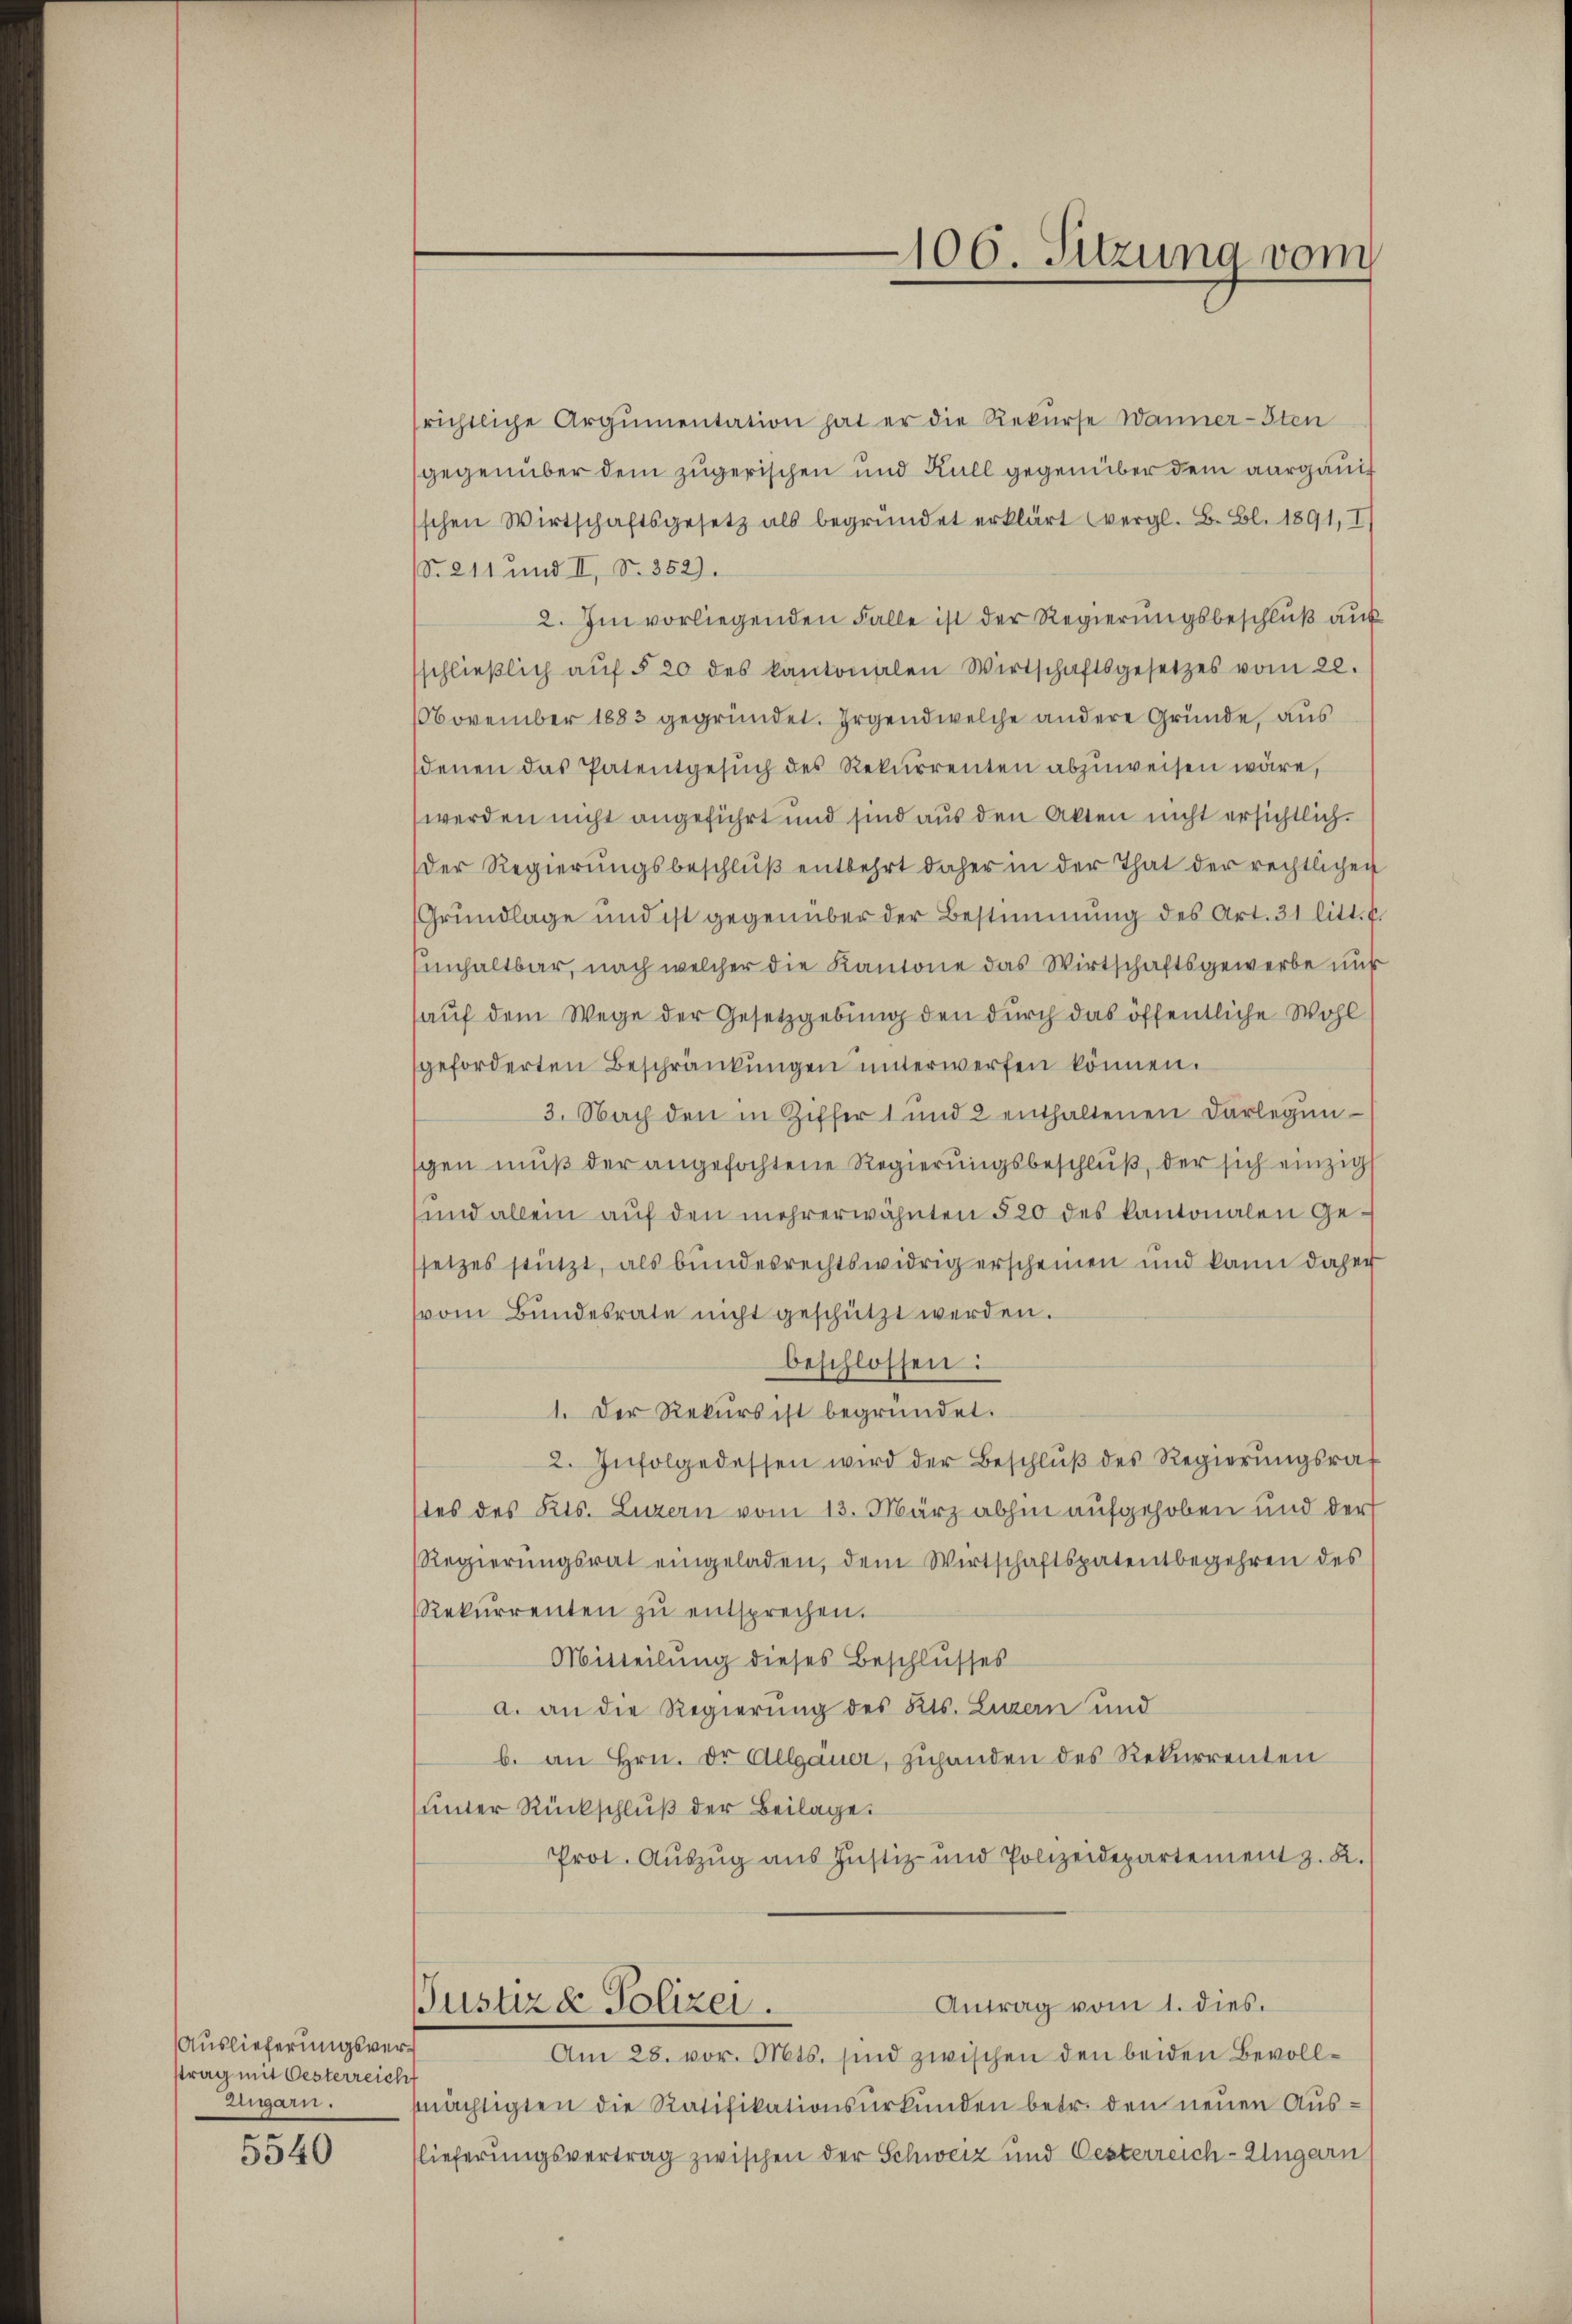
Auslieferungsverstrag mit Oesterreich
Zigarn.

5540

106. Sitzung vom

richtliche Argumentation hat er die Rekurse Wanner-Sten
gegenüber dem zugerischen und Kull gegenüber dem aargauischen Wirtschaftsgesetz als begründet erklärt (vergl. B. Bl. 1891, I
No. 211 und II, S. 352).
2. Im vorliegenden Falle ist der Regierŭngsbeschlŭβ aŭf
sschlieβlich aŭf § 20 des kantonalen Wirtschaftsgesetzes vom 20.
NNovember 1883 gegründet. Irgendwelche andere Gründe, aus
denen das Patentgesŭch des Rekurrenten abzŭweisen wäre,
werden nicht angeführt und sind aus den Akten nicht ersichtlich.
der Regierŭngsbeschlŭβ entbehrt daher in der That der rechtlichen
Grŭndlage und ist gegenüber der Bestimmung des Art. 31 litt. b.
Einhaltbar, nach welcher die Kantone das Wirtschaftsgewerbe uns
auf dem Wege der Gesetzgebung den durch das öffentliche Wohl
geforderten Beschränkungen ŭnterwerfen können.
3. Nach den in Ziffer 1 und 2 enthaltenen Darlegengen muß der angefochtene Regierungsbeschluß, der sich einzig
und allein auf den mehrerwähnten 520 des kantonalen Gesetzes stützt, als bundesrechtswidrig erscheinen und kann daher
vom Bundesrate nicht geschützt werden.
beschlossen:
1. Der Rekurs ist begründet.
2. Infolgedessen wird der Beschlŭβ des Regierŭngsrat
tes des Kts. Luzern vom 13. März abhin aufgehoben und der
RRegierungsrat eingeladen, dem Wirtschaftspatentbegehren des
Rekŭrrenten zŭ entsprechen.
Mitteilung dieses Beschlusses
a. an die Regierung des Kts. Luzern und
b. an Hrn. Dr Allgauer, zuhanden des Rekurrenten
unter Rückschluß der Beilage.
Prot. Auszug aus Justiz- und Polizeidepartement z. B.
Antrag vom 1. dies.
Justiz & Polizei.
Am 28. vor. Mts. sind zwischen den beiden Bevollmächtigten die Ratifikationsurkunden betr. den neuen Ausflieferungsvertrag zwischen der Schweiz und Oesterreich-Ungarn